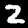
Digit: 2